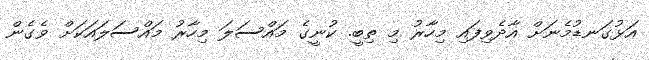
އަޅުގަނޑުމެނަށް އާދެވިފައި މިހާރު މި ތިބީ. ކުނީގެ މައްސަލަ މިހާރު މައްސަލައަކަށް ވެގެން